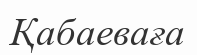
Қабаеваға